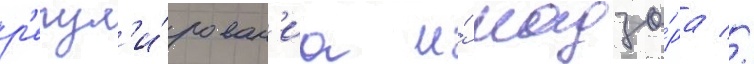
р'егул'и́рован'иа и́ надзо́ра //